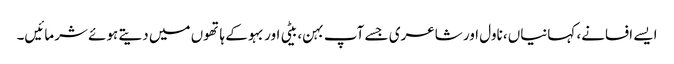
ایسے افسانے، کہانیاں، ناول اور شاعری جسے آپ بہن، بیٹی اور بہو کے ہاتھوں میں دیتے ہوئے شرمائیں۔